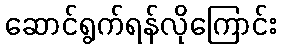
ဆောင်ရွက်ရန်လိုကြောင်း